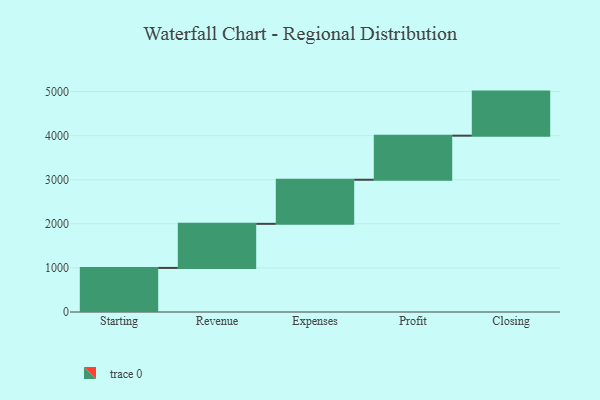
{"axis": {"x": "Step", "y": "Value"}, "legend": [""], "data": [{"x": "Starting", "y": 1000, "type": ""}, {"x": "Revenue", "y": 1000, "type": ""}, {"x": "Expenses", "y": 1000, "type": ""}, {"x": "Profit", "y": 1000, "type": ""}, {"x": "Closing", "y": 1000, "type": ""}]}